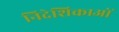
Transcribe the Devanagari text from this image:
निदेशिकाओं